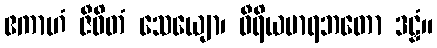
ဧကာဟံ ဇီဝိတံ သေယျော၊ ဝီရိယမာရဘတော ဒဠှံ။